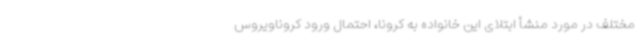
مختلف در مورد منشأ ابتلای این خانواده به کرونا، احتمال ورود کروناویروس